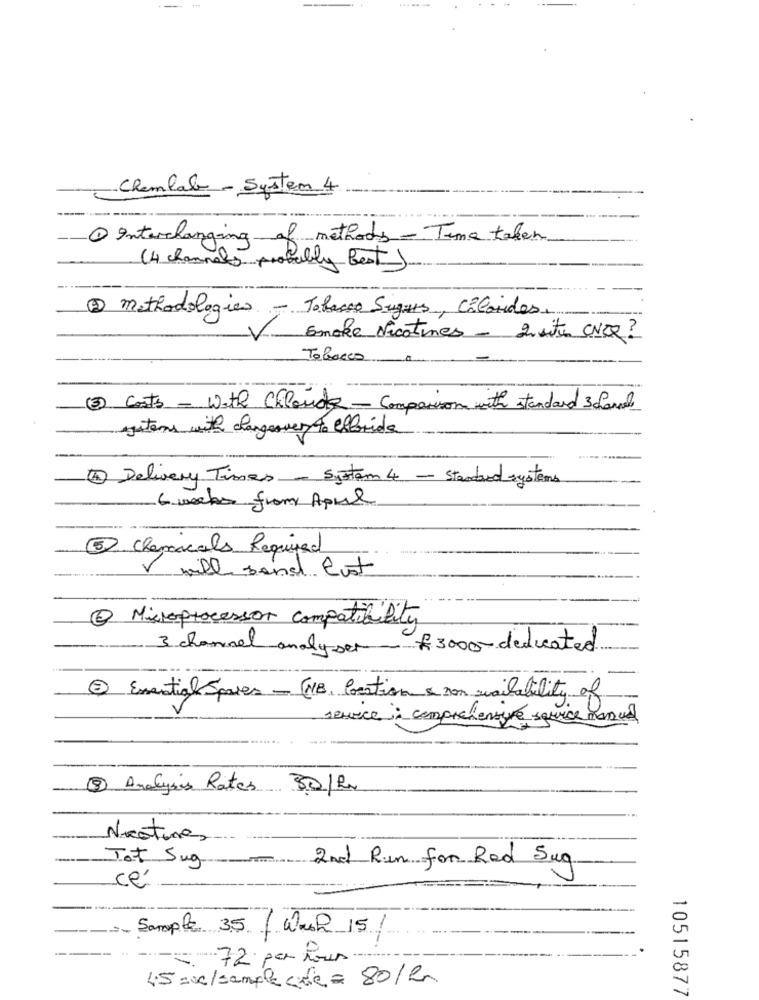
119
-Chemlab- System 4
1 Interchanging of methods - Time taken
(4 channels probably Best)
2 methodologies - Tobacco Sugues, CôCorides.
Smoke Nicotines- 2 site WNEX?
Tobacco
3) Costs - With Chloride - Comparison with standard 3 fond
systems with changeover to elleride
4 Delivery Times - System 4 - Standard systems
6 weeks from April
5 Chemicals Required
V will send Gust
Microprocessor compatibility
3 channel analyser - f3000-dedicated
3 Emantial Spaces - NB, Coration & non availability of
senece ; comprehensive squice manus
3 Analysis Rates 80/Pm
Nicoturas
Tot Sug
2nd Run for Red Sug
cé
Sample 35 / Wash 15/
=72 par hours.
45 moc/sample cute = 80/R
10515877